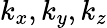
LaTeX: k_{x},k_{y},k_{z}